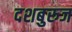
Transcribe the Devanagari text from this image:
दशबुरुज